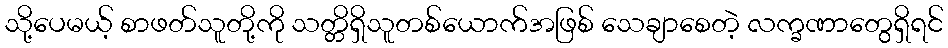
သို့ပေမယ့် စာဖတ်သူတို့ကို သတ္တိရှိသူတစ်ယောက်အဖြစ် သေချာစေတဲ့ လက္ခဏာတွေရှိရင်